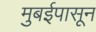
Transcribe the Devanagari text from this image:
मुबईपासून